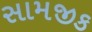
સામજીક